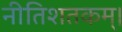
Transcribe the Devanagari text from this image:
नीतिशतकम्।